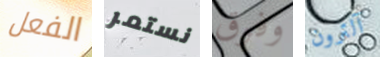
الفعل نستمر وفوق آلترون